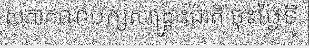
សភាគណបក្សសង្គ្រោះជាតិ ចុះថ្ងៃទី